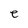
Character: e